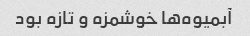
آبمیوه‌ها خوشمزه و تازه بود